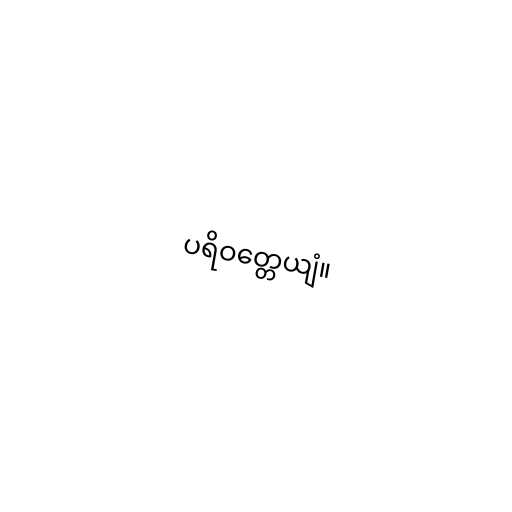
ပရိဝတ္တေယျံ။